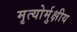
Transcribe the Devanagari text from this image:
मृत्‍योर्मुक्षीय